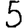
Digit: 5